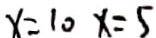
x = 1 0 x = 5